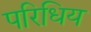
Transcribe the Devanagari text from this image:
परिधिय